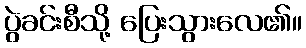
ပွဲခင်းစီသို့ ပြေးသွားလေ၏။